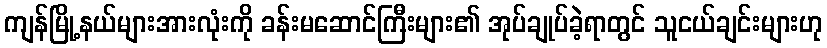
ကျန်မြို့နယ်များအားလုံးကို ခန်းမဆောင်ကြီးများ၏ အုပ်ချုပ်ခဲ့ရာတွင် သူငယ်ချင်းများဟု